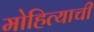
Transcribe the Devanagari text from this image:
मोहित्याची